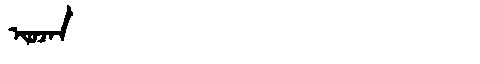
Manchu: ᡳᠣᠵᠠᠨ
Romanization: IOJAN